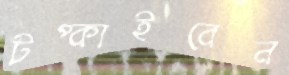
টপ্‌কাইবেন